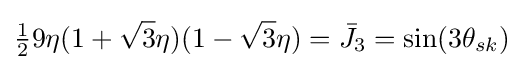
{\tfrac {1}{2}}9\eta (1+{\sqrt {3}}\eta )(1-{\sqrt {3}}\eta )={{\bar {J}}_{3}}=\sin(3{{\theta }_{sk}})